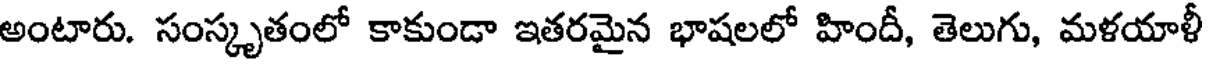
అంటారు. సంస్కృతంలో కాకుండా ఇతరమైన భాషలలో హిందీ, తెలుగు, మళయాళీ